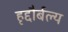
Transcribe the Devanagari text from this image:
हृद्दौर्बल्य